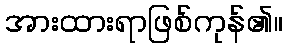
အားထားရာဖြစ်ကုန်၏။